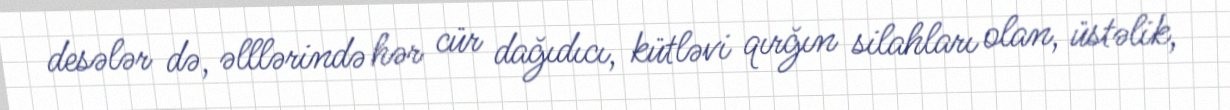
desələr də, əlllərində hər cür dağıdıcı, kütləvi qırğın silahları olan, üstəlik,